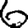
Digit: 6